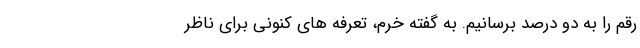
رقم را به دو درصد برسانیم. به گفته خرم، تعرفه های کنونی برای ناظر